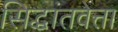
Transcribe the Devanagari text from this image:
सिद्धांतवेत्ता